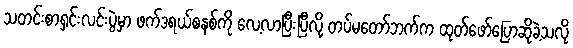
သတင်းစာရှင်းလင်းပွဲမှာ ဖက်ဒရယ်စနစ်ကို လေ့လာပြီးပြီလို့ တပ်မတော်ဘက်က ထုတ်ဖော်ပြောဆိုခဲ့သလို